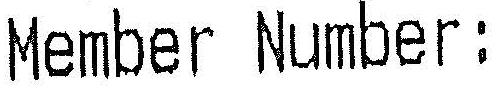
MEMBER NUMBER :